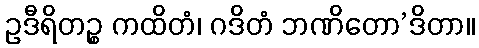
ဥဒီရိတဉ္စ ကထိတံ၊ ဂဒိတံ ဘဏိတော’ဒိတာ။